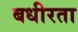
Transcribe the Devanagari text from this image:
बधीरता